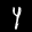
Label: 4